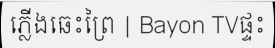
ភ្លើងឆេះព្រៃ | Bayon TVផ្ទះ